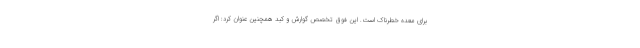
برای معده خطرناک است. این فوق تخصص گوارش و کبد همچنین عنوان کرد: اگر